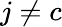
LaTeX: j\neq c